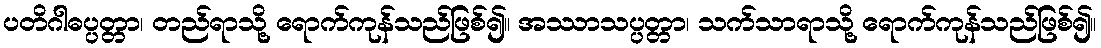
ပတိဂါဓပ္ပတ္တာ၊ တည်ရာသို့ ရောက်ကုန်သည်ဖြစ်၍။ အဿာသပ္ပတ္တာ၊ သက်သာရာသို့ ရောက်ကုန်သည်ဖြစ်၍။